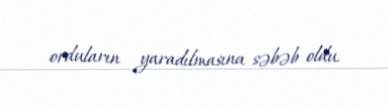
orduların yaradılmasına səbəb oldu.